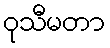
ဝုသီမတာ